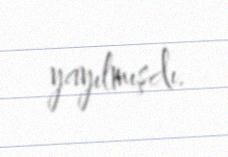
yayılmışdı.